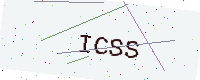
Text: ICSS